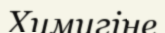
Химигіне